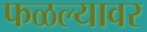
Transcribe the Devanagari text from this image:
फळल्यावर